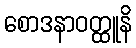
စောဒနာဝတ္ထူနိ